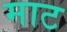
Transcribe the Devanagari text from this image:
माट